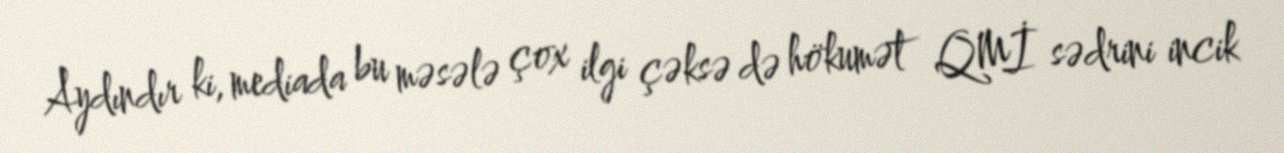
Aydındır ki, mediada bu məsələ çox ilgi çəksə də hökumət QMİ sədrini incik